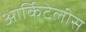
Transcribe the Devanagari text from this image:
आर्किटेलीस